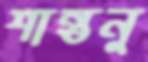
শান্তনু